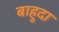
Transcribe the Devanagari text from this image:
बाहुदा